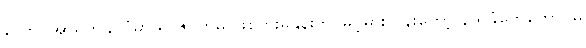
တောင်အာရိကနိုင်ငံမှာ ရာဇဝတ်မှု ဖြစ်ပွားမှုနှုန်းက မြင့်မားလွန်းတော့ နယ်ခံတွေတောင်မှ